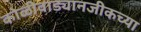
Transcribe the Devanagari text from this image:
कोळीवाड्यानजीकच्या